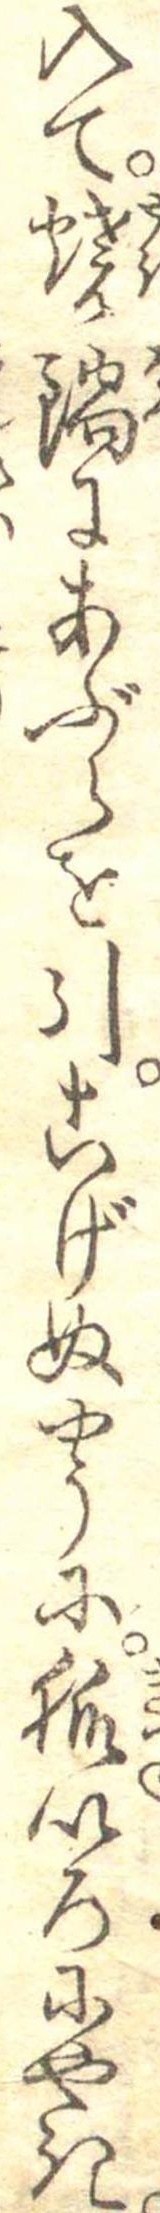
入て焼鍋にあぶらを引こげぬやうに狐いろにやき